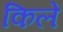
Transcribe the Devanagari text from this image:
किलें